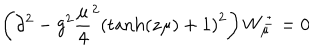
\left( \partial ^ { 2 } - g ^ { 2 } { \frac { \mu } { 4 } } ^ { 2 } \left( \mathrm { t a n h } ( z \mu ) + 1 \right) ^ { 2 } \right) W _ { \mu } ^ { \pm } = 0